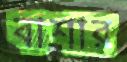
বাশার